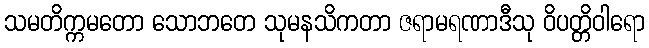
သမတိက္ကမတော သောဘတေ သုမနသိကတာ ဇရာမရဏာဒီသု ဝိပတ္တိဝါရော